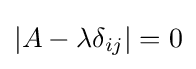
|A-\lambda \delta _{ij}|=0